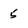
Character: 5